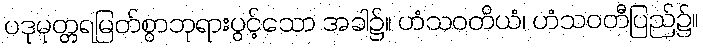
ပဒုမုတ္တရမြတ်စွာဘုရားပွင့်သော အခါ၌။ ဟံသဝတိယံ၊ ဟံသဝတီပြည်၌။